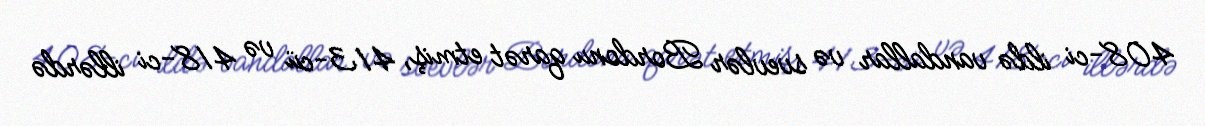
408-ci ildə vandallar və svevlər Bordonu qarət etmiş, 413-cü və 418-ci illərdə